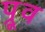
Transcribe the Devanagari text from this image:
प्रूव